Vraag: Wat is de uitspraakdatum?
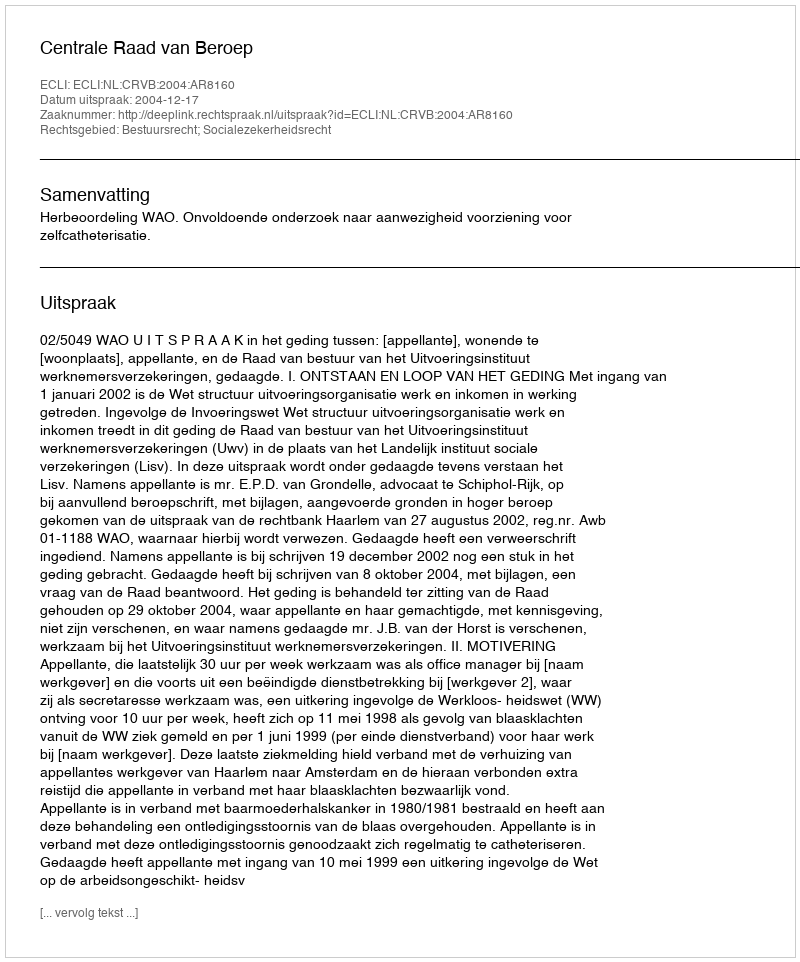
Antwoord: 2004-12-17